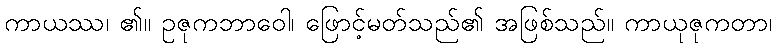
ကာယဿ၊ ၏။ ဥဇုကဘာဝေါ၊ ဖြောင့်မတ်သည်၏ အဖြစ်သည်။ ကာယုဇုကတာ၊